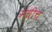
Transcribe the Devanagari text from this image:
मधीच